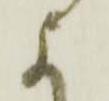
に